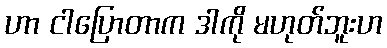
ဟာ ငါပြောတာက ဒါကို မဟုတ်ဘူးဟ